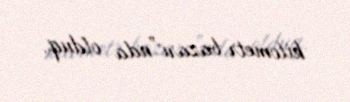
kilometr bazarı”nda olduq.